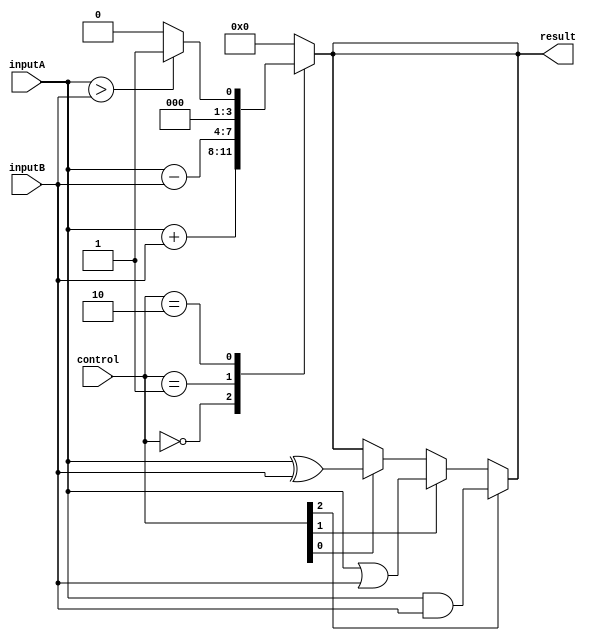
module ALU (
  input [3:0] inputA,
  input [3:0] inputB,
  input [2:0] control,
  output reg [3:0] result
);

// Arithmetic blocks
always @(*) begin
  case (control)
    3'b000 : result = inputA + inputB; // adder
    3'b001 : result = inputA - inputB; // subtractor
    3'b010 : result = (inputA > inputB) ? 4'b0001 : 4'b0000; // comparator (output 1 if inputA > inputB)
    default : result = 4'b0000;
  endcase
end

// Bitwise operations
assign result = (control[2] == 1) ? (inputA & inputB) :     // AND
                 (control[1] == 1) ? (inputA | inputB) :     // OR
                 (control[0] == 1) ? (inputA ^ inputB) :     // XOR
                 result;

endmodule